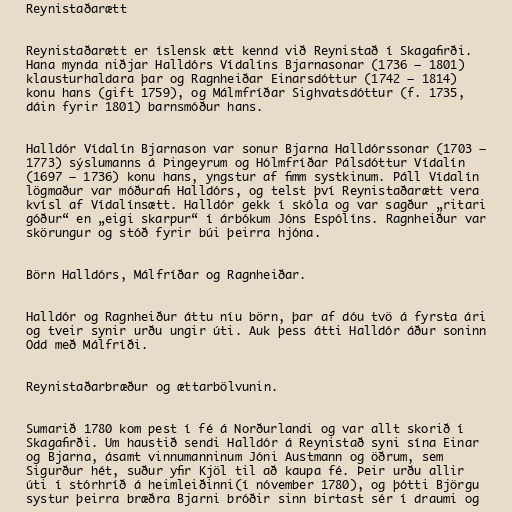
Reynistaðarætt

Reynistaðarætt er íslensk ætt kennd við Reynistað í Skagafirði.
Hana mynda niðjar Halldórs Vídalíns Bjarnasonar (1736 – 1801)
klausturhaldara þar og Ragnheiðar Einarsdóttur (1742 – 1814)
konu hans (gift 1759), og Málmfríðar Sighvatsdóttur (f. 1735,
dáin fyrir 1801) barnsmóður hans.

Halldór Vídalín Bjarnason var sonur Bjarna Halldórssonar (1703 –
1773) sýslumanns á Þingeyrum og Hólmfríðar Pálsdóttur Vídalín
(1697 – 1736) konu hans, yngstur af fimm systkinum. Páll Vídalín
lögmaður var móðurafi Halldórs, og telst því Reynistaðarætt vera
kvísl af Vídalínsætt. Halldór gekk í skóla og var sagður „ritari
góður“ en „eigi skarpur“ í árbókum Jóns Espólíns. Ragnheiður var
skörungur og stóð fyrir búi þeirra hjóna.

Börn Halldórs, Málfríðar og Ragnheiðar.

Halldór og Ragnheiður áttu níu börn, þar af dóu tvö á fyrsta ári
og tveir synir urðu ungir úti. Auk þess átti Halldór áður soninn
Odd með Málfríði.

Reynistaðarbræður og ættarbölvunin.

Sumarið 1780 kom pest í fé á Norðurlandi og var allt skorið í
Skagafirði. Um haustið sendi Halldór á Reynistað syni sína Einar
og Bjarna, ásamt vinnumanninum Jóni Austmann og öðrum, sem
Sigurður hét, suður yfir Kjöl til að kaupa fé. Þeir urðu allir
úti í stórhríð á heimleiðinni(í nóvember 1780), og þótti Björgu
systur þeirra bræðra Bjarni bróðir sinn birtast sér í draumi og